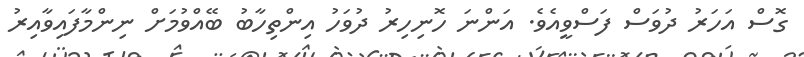
ގޮސް އަހަރު ދުވަސް ފަސްވީއެވެ. އަންނަ ހޮނިހިރު ދުވަހު އިންތިހާބު ބޭއްވުމަށް ނިންމާފައިވާއިރު